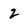
Character: 2